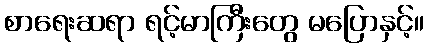
စာရေးဆရာ ရင့်မာကြီးတွေ မပြောနှင့်။